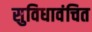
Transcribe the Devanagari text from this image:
सुविधावंचित